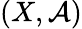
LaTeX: (X,{\mathcal{A}})